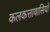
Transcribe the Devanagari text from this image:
कलकत्तावासियों